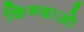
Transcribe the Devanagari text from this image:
किंगदाओ